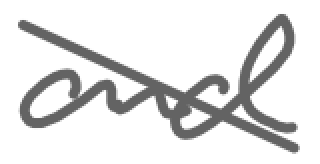
Text: and
Cross-out: diagonal
Writing tool: digital_gray